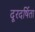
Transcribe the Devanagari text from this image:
दूरदर्षिता